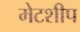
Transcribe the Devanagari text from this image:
मेटशीप